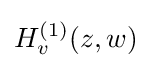
H_{v}^{(1)}(z,w)